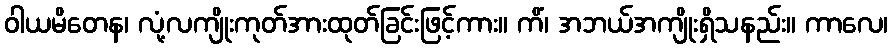
ဝါယမိတေန၊ လုံ့လကျိုးကုတ်အားထုတ်ခြင်းဖြင့်ကား။ ကိံ၊ အဘယ်အကျိုးရှိသနည်း။ ကာလေ၊